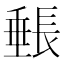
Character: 𬼓